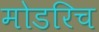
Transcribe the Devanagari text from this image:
मोडरिच